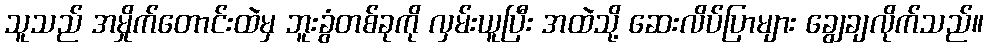
သူသည် အမှိုက်တောင်းထဲမှ ဘူးခွံတစ်ခုကို လှမ်းယူပြီး အထဲသို့ ဆေးလိပ်ပြာများ ချွေချလိုက်သည်။